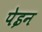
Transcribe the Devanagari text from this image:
पेइन